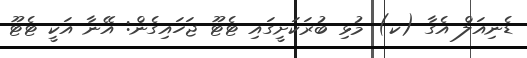
ޑެނިއަލް އެގާ (ކ) މުޅި ބުރަކަށީގައި ޓެޓޫ ޖަހައިގެން: އޭނާ އަކީ ޓެޓޫ